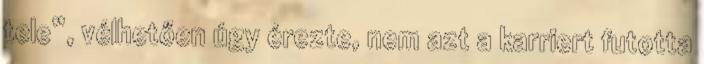
tele”, vélhetően úgy érezte, nem azt a karriert futotta